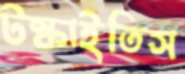
টস্‌কাইতিস